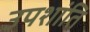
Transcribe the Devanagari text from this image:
उपशांति